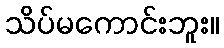
သိပ်မကောင်းဘူး။